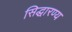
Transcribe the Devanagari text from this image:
सिद्धारण्य